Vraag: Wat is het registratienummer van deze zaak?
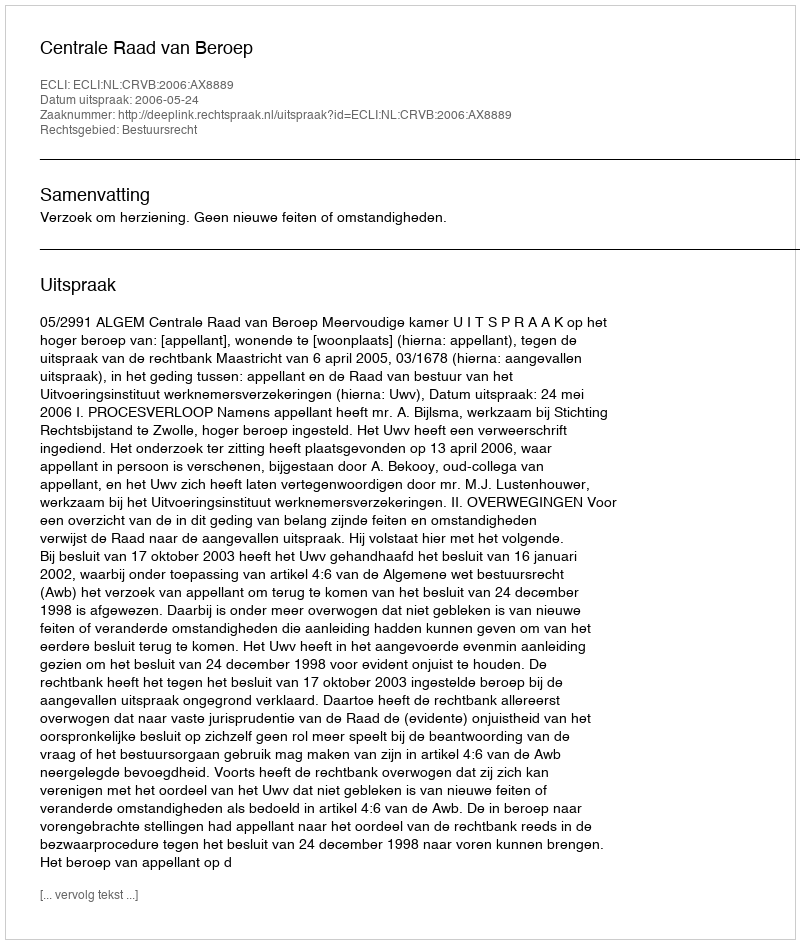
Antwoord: http://deeplink.rechtspraak.nl/uitspraak?id=ECLI:NL:CRVB:2006:AX8889